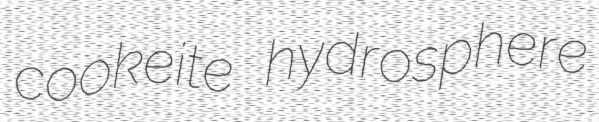
cookeite hydrosphere